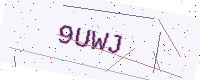
Text: 9UWJ